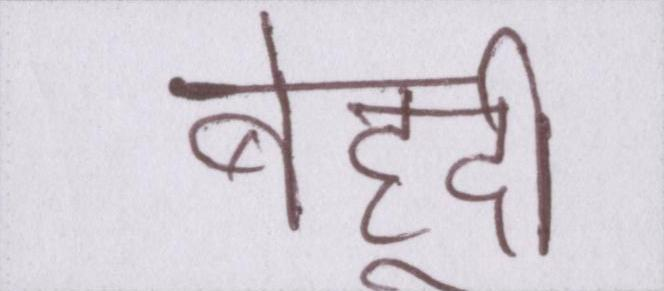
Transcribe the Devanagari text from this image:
बेहूदी